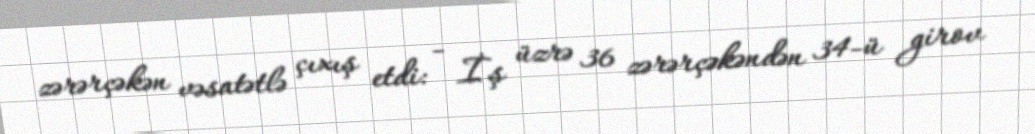
zərərçəkən vəsatətlə çıxış etdi: - İş üzrə 36 zərərçəkəndən 34-ü girov